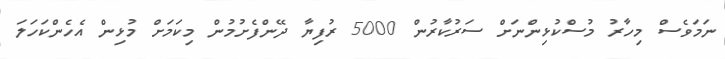
ނަމަވެސް މިހާރު މުސްކުޅިންނަށް ސަރުކާރުން 5000 ރުފިޔާ ދޭންފެށުމުން މިކަމަށް މުޅިން އެހެންކަހަލަ